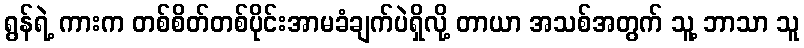
ရွန်ရဲ့ ကားက တစ်စိတ်တစ်ပိုင်းအာမခံချက်ပဲရှိလို့ တာယာ အသစ်အတွက် သူ့ ဘာသာ သူ